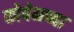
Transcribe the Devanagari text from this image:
कोपेनच्या